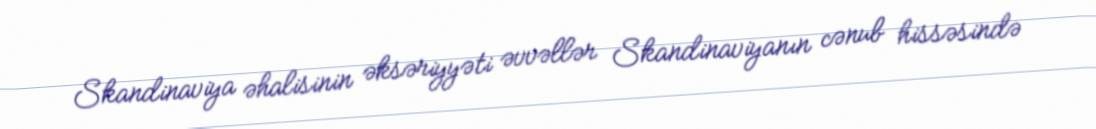
Skandinaviya əhalisinin əksəriyyəti əvvəllər Skandinaviyanın cənub hissəsində